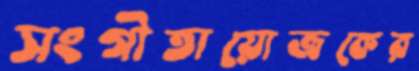
সংগীতায়োজকের